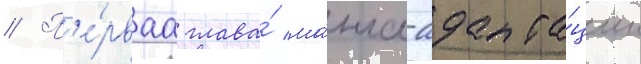
// П'е́рваа глава́ ма́нга-адапта́ции